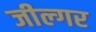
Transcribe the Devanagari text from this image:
जील्‍गर